Report on horse surra - Volume II, Part II
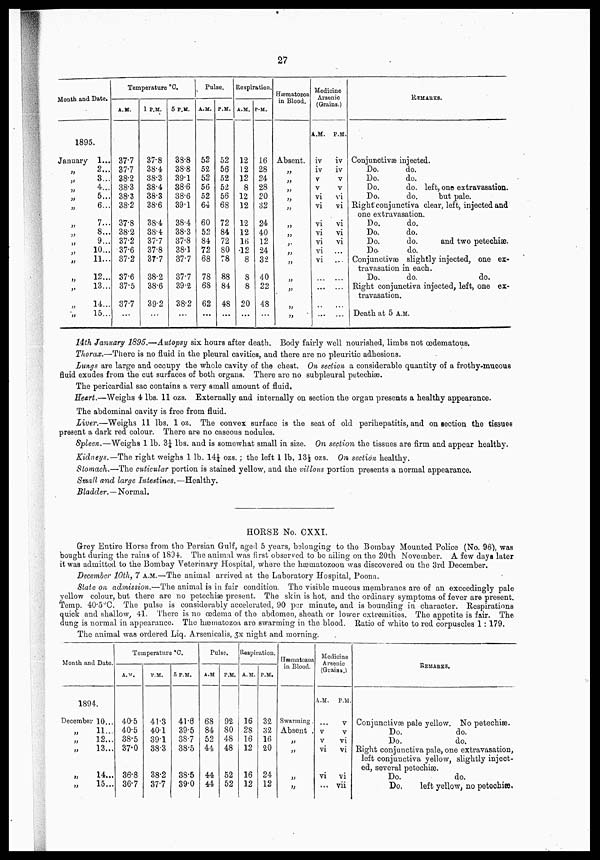
27
Month and Date.
1895.
January
„
„
„
„
„
„
„
„
„
„
„
„
„
„
1...
2...
3...
4...
5...
6...
7...
8...
9...
10...
11...
12...
13...
14...
15...
Temperature °C.
A. M.
37.7
37.7
38.2
38.3
38.3
38.2
37.8
38.2
37.2
37.6
37.2
37.6
37.5
37.7
...
1 P.M.
37.8
38.4
38.3
38.4
38.3
38.6
38.4
38.4
37.7
37.8
37.7
38.2
38.6
39.2
...
5 P.M.
38.8
38.8
39.1
38.6
38.6
39.1
38.4
38.3
37.8
38.1
37.7
37.7
39.2
38.2
...
Pulse.
A.M.
52
52
52
56
52
64
60
52
84
72
68
78
68
62
P.M.
52
56
52
52
56
68
72
84
72
80
78
88
84
48
...
Respiration.
A.M.
12
12
12
8
12
12
12
12
16
12
8
8
8
20
...
P.M.
16
28
24
28
20
32
24
40
12
24
32
40
22
48
...
Hæmatozoa
in Blood.
Absent.
„
„
„
„
„
„
„
„
„
„
„
„
„
„
Medicine
Arsenic
(Grains.)
A.M.
iv
IV
V
V
vi
vi
vi
vi
vi
vi
vi
...
..
...
P.M.
iv
IV
V
V
vi
vi
vi
vi
vi
...
...
...
REMARKS.
Conjunctivæ injected.
Do.
do.
Do.
do.
Do.
do. left, one extravasation.
Do.
do.
but pale.
Right conjunctiva clear, left, injected and
one extravasation.
Do.
do.
Do.
do.
Do.
do.
and two petechiæ.
Do.
do.
Conjunctivæ slightly injected, one ex-
travasation in each.
Do.
do.
do.
Right conjunctiva injected, left, one ex-
travasation.
Death at 5 A.M.
14th January 1895.—Autopsy six hours after death. Body fairly well nourished, limbs not œdematous.
Thorax.—There is no fluid in the pleural cavities, and there are no pleuritic adhesions.
Lungs are large and occupy the whole cavity of the chest. On section a considerable quantity of a frothy-muoous
fluid exudes from the cut surfaces of both organs. There are no subpleural petechias.
The pericardial sac contains a very small amount of fluid.
Heart.—Weighs 4 lbs. 11 ozs. Externally and internally on section the organ presents a healthy appearance.
The abdominal cavity is free from fluid.
Liver.—Weighs 11 lbs. 1 oz. The convex surface is the seat of old perihepatitis, and on section the tissues
present a dark red colour. There are no caseous nodules.
Spleen.—Weighs 1 lb. 3¼ lbs. and is somewhat small in size. On section the tissues are firm and appear healthy.
Kidneys.—The right weighs 1 lb. 14¼ ozs.; the left 1 lb. 13½ ozs. On section healthy.
Stomach.—The cuticular portion is stained yellow, and the villous portion presents a normal appearance.
Small and large Intestines.—Healthy.
Bladder.—Normal.
HORSE No. CXXI.
Grey Entire Horse from the Persian Gulf, aged 5 years, belonging to the Bombay Mounted Police (No. 96), was
bought during the rains of 1894. The animal was first observed to be ailing on the 20th November. A few days later
it was admitted to the Bombay Veterinary Hospital, where the hæmatozoon was discovered on the 3rd December.
December 10th, 7 A.M.—The animal arrived at the Laboratory Hospital, Poona.
State on admission.—The animal is in fair condition. The visible mucous membranes are of an exceedingly pale
yellow colour, but there are no petechias present. The skin is hot, and the ordinary symptoms of fever are present.
Temp. 40.5°C. The pulse is considerably accelerated, 90 per minute, and is bounding in character. Respirations
quick and shallow, 41. There is no oedema of the abdomen, sheath or lower extremities. The appetite is fair. The
dung is normal in appearance. The hæmatozoa are swarming in the blood. Ratio of white to red corpuscles 1 : 179.
The animal was ordered Liq. Arsenicalis, 3x night and morning.
Month and Date.
1894.
December 10...
„ 11...
„ 12...
„ 13...
„
14...
„
15...
Temperature °C.
A. M.
40.5
40.5
38.5
37.0
36.8
367
P.M.
41.3
40.1
39.1
38.3
38.2
37.7
5 P.M.
41.6
39.5
38.7
38.5
38.5
39.0
Pulse.
A.M
68
84
52
44
44
44
P.M.
92
80
48
48
52
52
Respiration.
A.M.
16
28
16
12
16
12
P.M.
32
32
16
20
24
12
Hæmatozoa
in Blood.
Swarming .
Absent .
„
„
„
„
Medicine
Arsenic
(Grains.)
A.M.
...
v
v
vi
vi
...
P.M.
v
v
vi
vi
vI
vii
REMARKS.
Conjunctivæ pale yellow. No petechiæ.
Do.
do.
Do.
do.
Right conjunctiva pale, one extravasation,
left conjunctiva yellow, slightly inject-
ed, several petechiæ.
Do.
do.
Do,
left yellow, no petechiæ.